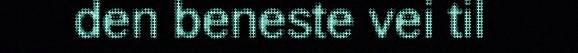
den beneste vei til